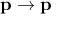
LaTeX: \mathbf { p } \rightarrow \mathbf { p }